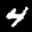
Label: 4